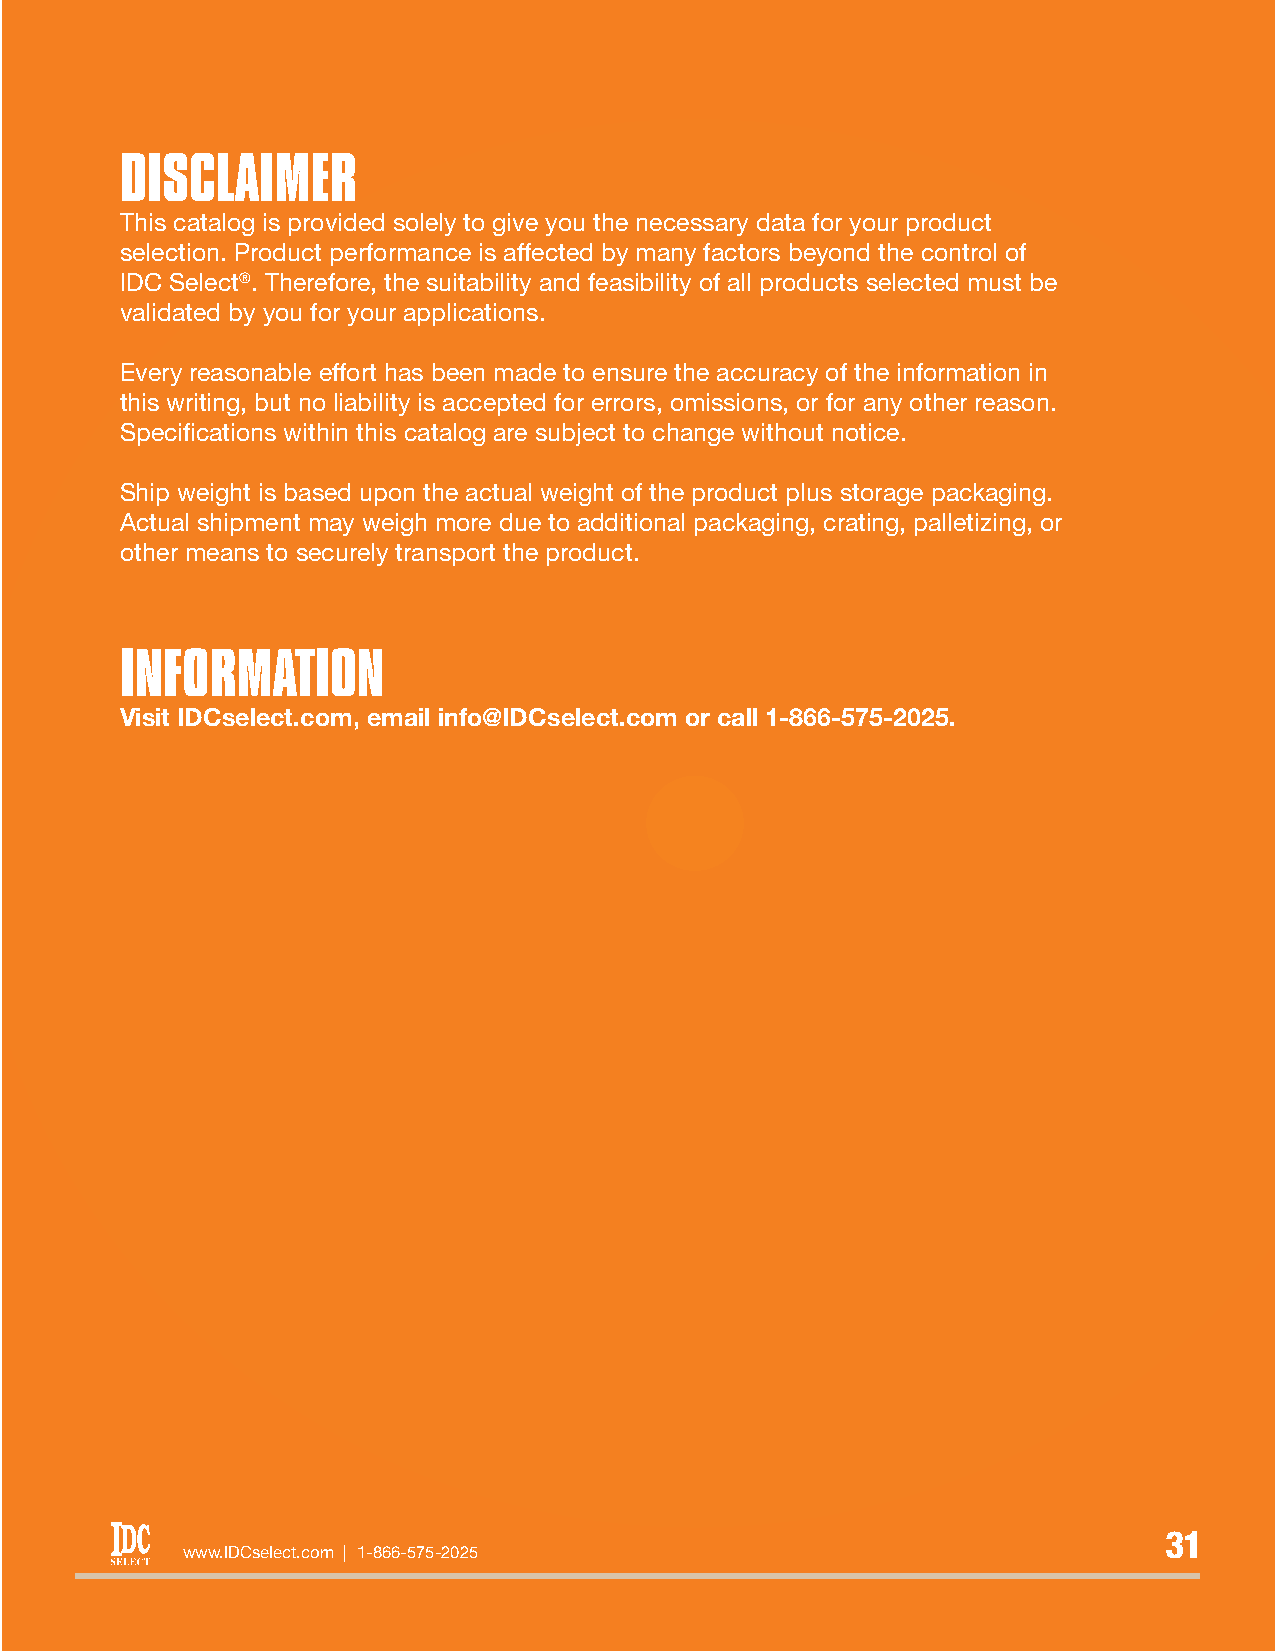
DISCLAIMER
 This catalog is provided solely to give you the necessary data for your product
 selection. Product performance is affected by many factors beyond the control of
 IDC Select®. Therefore, the suitability and feasibility of all products selected must be
 validated by you for your applications.
 Every reasonable effort has been made to ensure the accuracy of the information in
 this writing, but no liability is accepted for errors, omissions, or for any other reason.
 Specifications within this catalog are subject to change without notice.
 Ship weight is based upon the actual weight of the product plus storage packaging.
 Actual shipment may weigh more due to additional packaging, crating, palletizing, or
 other means to securely transport the product.
 INFORMATION
 Visit IDCselect.com, email info@IDCselect.com or call 1-866-575-2025.
 3311
 www.IDCselect.com | 1-866-575-2025